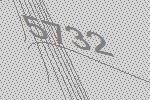
5732